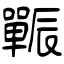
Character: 辴